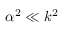
\alpha ^ { 2 } \ll k ^ { 2 }